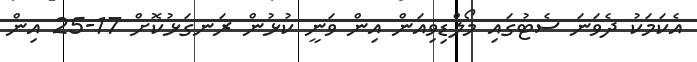
އެކަމަކު ދެވަނަ ސެޓުގައި މޯލްޑިވިއަން އިން ވަނީ ކުޅުން ރަނގަޅުކޮށް 17-25 އިން